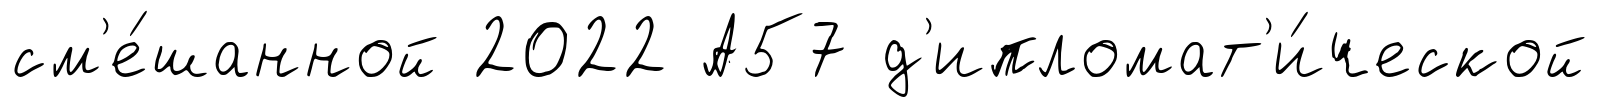
см'е́шанной 2022 А57 д'ипломат'и́ческой